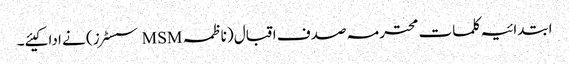
ابتدائیہ کلمات محترمہ صدف اقبال (ناظمہ MSM سسٹرز) نے ادا کیئے۔